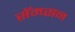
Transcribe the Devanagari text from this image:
सॅम्प्सन